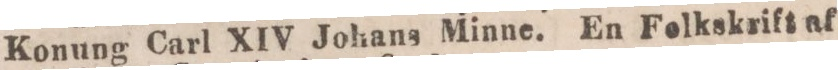
Konung Carl XIV Johans Minne. En Felkskrift af